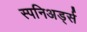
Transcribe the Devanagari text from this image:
स्पनिअर्ड्स